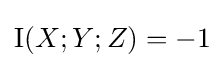
\operatorname {I} (X;Y;Z)=-1